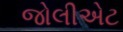
જોલીએટ